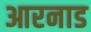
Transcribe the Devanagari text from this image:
आरनाड